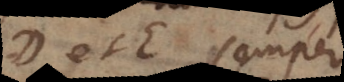
D et E semper